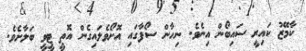
ކާމޭޒު ކައިރީ ސައިބޯން އިނެވެ. ނިހާން ސޯފާގައި އޮށޯވެލައިގެން އޮތީ ޓީވީ ބަލާށެވެ.